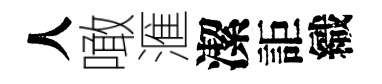
人噉滙潔詎織